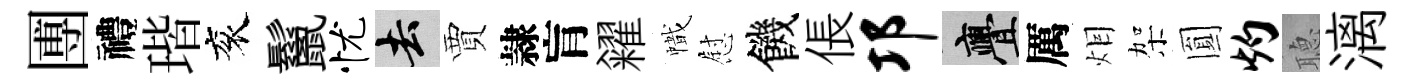
圑禮瑎衮鬣忧去賈隷肓糴幟慰饑倀邛亹厲𤇆架圎灼𦗟漓